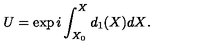
U = \exp { i \int _ { X _ { 0 } } ^ { X } d _ { 1 } ( X ) d X } .